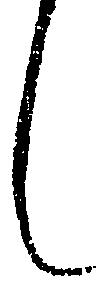
し